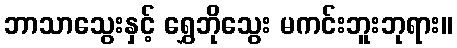
ဘာသာသွေးနှင့် ရွှေဘိုသွေး မကင်းဘူးဘုရား။